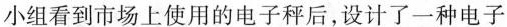
小组看到市场上使用的电子秤后，设计了一种电子